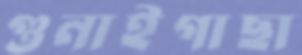
গুনাইগাছা